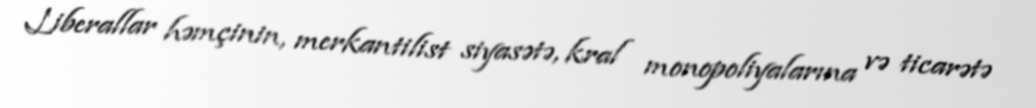
Liberallar həmçinin, merkantilist siyasətə, kral monopoliyalarına və ticarətə